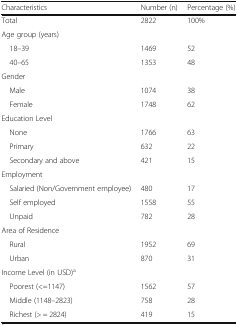
| Characteristics | Number (n) | Percentage (%) |
 | --- | --- | --- |
 | Total | 2822 | 100% |
 | <COLSPAN=3> Age group (years) |
 | 18–39 | 1469 | 52 |
 | 40–65 | 1353 | 48 |
 | <COLSPAN=3> Gender |
 | Male | 1074 | 38 |
 | Female | 1748 | 62 |
 | <COLSPAN=3> Education Level |
 | None | 1766 | 63 |
 | Primary | 632 | 22 |
 | Secondary and above | 421 | 15 |
 | <COLSPAN=3> Employment |
 | Salaried (Non/Government employee) | 480 | 17 |
 | Self employed | 1558 | 55 |
 | Unpaid | 782 | 28 |
 | <COLSPAN=3> Area of Residence |
 | Rural | 1952 | 69 |
 | Urban | 870 | 31 |
 | <COLSPAN=3> Income Level (in USD)a |
 | Poorest (<=1147) | 1562 | 57 |
 | Middle (1148–2823) | 758 | 28 |
 | Richest (> = 2824) | 419 | 15 |